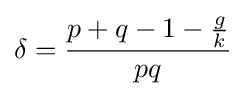
\delta ={\frac {p+q-1-{\frac {g}{k}}}{pq}}